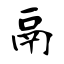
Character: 鬲